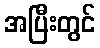
အပြီးတွင်